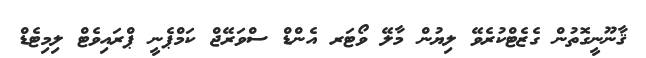
ޤާނޫނީގޮތުން ގެޒެޓްކުރެވޭ ލިޔުން މާލޭ ވޯޓަރ އެންޑް ސްވަރޭޖް ކަމްޕެނީ ޕްރައިވެޓް ލިމިޓެޑް